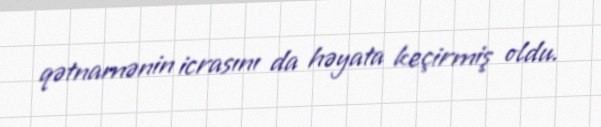
qətnamənin icrasını da həyata keçirmiş oldu.